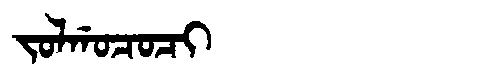
Manchu: ᠵᠣᠯᡤᠣᠴᠣᠴᡳ
Romanization: JOLGOCOCI